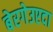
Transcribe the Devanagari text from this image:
बेरगेउएदा